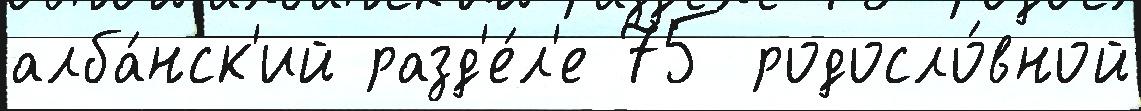
алба́нск'ий разд'е́л'е 75 родосло́вной